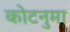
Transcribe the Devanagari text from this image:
कोटनुमा